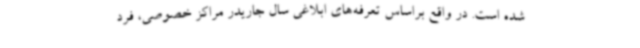
شده است. در واقع براساس تعرفه‌های ابلاغی سال جاریدر مراکز خصوصی، فرد